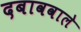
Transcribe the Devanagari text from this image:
दबाववाले